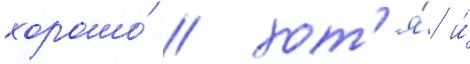
хорошо́ / хот'я́ и́